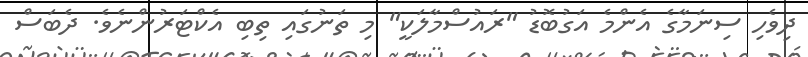
ދިވެހި ސިނަމާގެ އެންމެ އަގުބޮޑު "ރައުސްމާލަކީ" މި ތަނުގައި ތިބި އެކްޓަރުންނެވެ. ދެބަސް